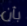
بأن